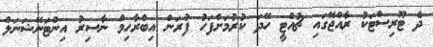
ދެ ޓޫރިސްޓަކު ރާއްޖޭގައި ޗުއްޓީ ހޭދަ ކުރުމަށްފަހު ފުރަން އިބްރާހިމް ނާސިރު އިންޓަނޭޝަނަލް